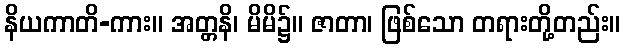
နိယကာတိ-ကား။ အတ္တနိ၊ မိမိ၌။ ဇာတာ၊ ဖြစ်သော တရားတို့တည်း။